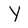
Character: Y